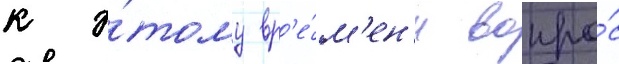
к э́тому вр'е́м'ен'и вопро́с